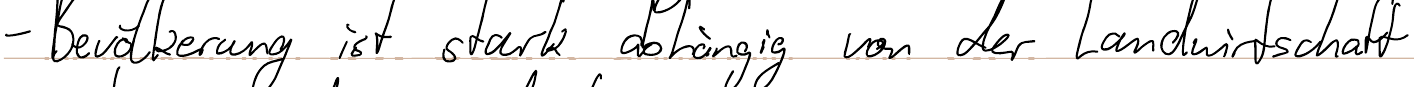
- Bevölkerung ist stark abhängig von der Landwirtschaft